Vaccination in the Punjab 1919-1929 - 1919-1929
Year: 1919
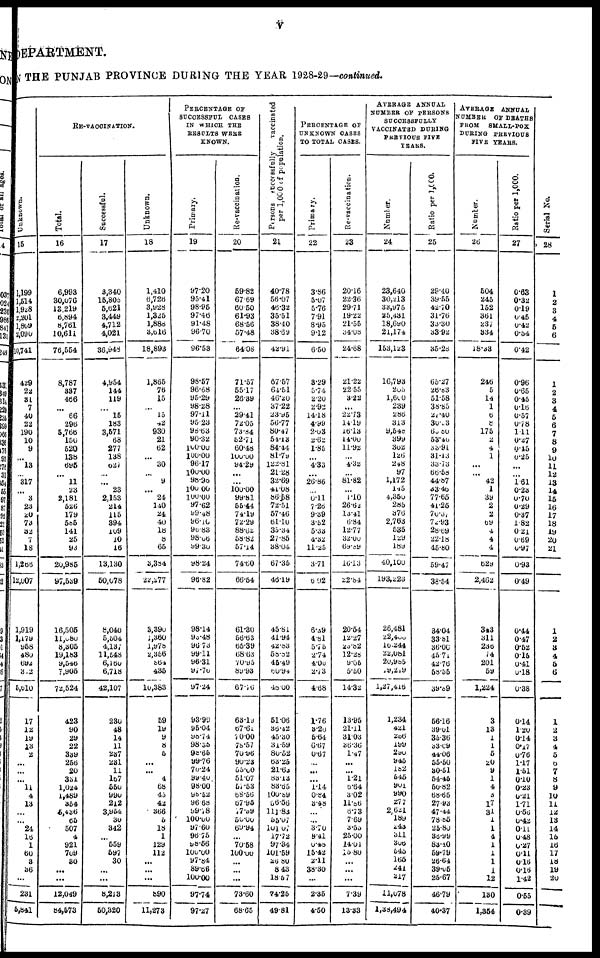
v
DEPARTMENT.
N THE PUNJAB PROVINCE DURING THE YEAR 1928-29— continued.
Unknown.
15
1,199
1,514
1,928
2,201
l,809
2,090
10,741
429
22
31
7
40
22
190
10
9
...
13
...
317
...
3
23
20
73
32
7
18
1,266
12,007
1,919
1,179
958
480
692
382
5,610
17
12
19
13
2
...
...
...
11
4
13
...
...
24
16
1
60
3
36
...
231
5,841
RE-VACCINATION.
Total.
16
6,993
30,076
13,219
6,894
8,761
10,611
76,554
8,787
337
466
...
66
296
5,766
150
520
138
695
...
11
23
2,181
526
179
585
141
25
93
20,985
97,539
16,505
11,080
8,305
19,183
9,546
7,905
72,524
423
90
29
22
339
256
20
351
1,024
1,489
354
5,436
65
507
4
921
709
30
...
...
12,049
84,573
Successful.
17
3,340
15,805
5,621
3,449
4,712
4,021
36,948
4,954
144
119
...
15
183
3,571
68
277
138
627
...
...
23
2,153
214
115
394
109
10
16
13,130
50,078
8,040
5,504
4,137
11,548
6,160
6,718
42,107
230
48
14
11
237
231
11
167
550
990
212
3,954
30
342
...
559
597
30
...
...
8,213
50,320
Unknown.
18
1,410
6,726
3,928
1,325
1,888
3,616
18,893
1,865
76
15
...
15
42
930
21
62
...
30
...
9
...
24
140
24
40
18
8
65
3,384
22,277
3,390
1,360
1,978
2,356
864
435
10,383
59
19
9 8
5
...
...
4
68
45
42
366
5
18
1
129
112
...
...
...
890
11,273
PERCENTAGE OF
SUCCESSFUL CASES
IN WHICH THE
RESULTS WERE
KNOWN.
Primary.
19
97.20
95.41
98.95
97.46
91.48
96.70
96.53
98.57
96.68
95.29
98.28
97.11
95.23
98.63
90.32
100.00
100.00
96.17
100.00
98.96
100.00
100.00
97.62
99.48
96.10
96.83
98.06
99.30
98.24
96.82
98.14
95.48
96.73
99.11
96.31
97.76
97.24
93.99
95.04
98.74
98.35
98.66
99.76
70.24
99.40
98.00
98.52
96.68
99.78
100.00
97.60
96.75
98.56
100.00
97.84
89.66
100.00
97.74
97.27
Re-vaccination.
20
59.82
67.69
60.50
61.93
68.56
57.48
64.08
71.57
55.17
26.39
...
29.41
72.05
73.84
52.71
60.48
100.00
94.29
...
...
100.00
99.81
55.44
74.19
72.29
88.62
58.82
57.14
74.60
66.54
61.30
56.63
65.39
68.63
70.95
89.93
67.76
63.19
67.61
70.00
78.57
70.96
90.23
55.00
51.07
57.53
68.56
67.95
77.99
50.00
69.94
...
70.58
100.00
...
...
...
73.60
68.65
Persons successfully
vaccinated
per 1,000 of population.
21
40.78
56.07
46.32
35.51
38.40
38.69
42.91
87.57
64.51
46.20
37.22
23.95
56.77
80.47
54.13
84.44
81.79
122.81
21.28
32.69
41.08
86.58
72.51
57.46
61.10
35.34
27.85
38.04
67.35
46.19
45.81
41.94
42.83
58.82
45.49
60.94
48.00
51.06
36.42
45.30
31.59
80.52
63.25
21.63
83.13
83.65
100.89
56.56
111.83
55.07
101.07
17.72
97.34
101.59
26.80
8.43
18.57
74.25
49.81
PERCENTAGE OF
UNKNOWN CASES
TO TOTAL CASES.
Primary.
22
3.86
5.07
5.76
7.91
8.95
9.12
6.50
3.29
5.74
2.20
2.92
14.18
4.99
2.03
2.62
1.85
...
4.33
...
26.86
...
0.11
7.26
9.39
3.52
5.33
4.32
11.25
3.71
6.02
6.39
4.81
5.75
2.74
4.00
2.73
4.68
1.76
3.20
5.64
6.67
0.67
...
...
...
1.14
0.84
3.48
...
...
3.70
9.41
0.48
15.42
2.11
38.30
...
2.35
4.50
Re-vaccination.
23
20.16
22.36
29.71
19.22
21.55
34.08
24.68
21.22
22.55
3.22
...
22.73
14.19
15.13
14.00
11.92
...
4.32
81.82
...
1.10
26.62
13.41
6.84
12.77
32.00
69.89
16.13
22.84
20.54
12.27
23.82
12.28
9.05
5.50
14.32
13.95
21.11
31.03
36.36
1.47
...
...
1.21
6.64
3.02
11.86
6.73
7.69
3.55
25.00
14.01
15.80
...
...
...
7.39
13.33
AVERAGE ANNUAL
NUMBER OF PERSONS
SUCCESSFULLY
VACCINATED DURING
PREVIOUS FIVE
YEARS.
Number.
24
23,640
30,213
33,975
25,431
18,690
21,174
153,123
16,793
205
1,600
239
286
313
9,548
399
302
126
248
97
1,172
145
4,350
285
376
2,763
535
129
189
40,100
193,223
26,481
22,400
10,244
22,081
20,985
29,219
1,27,416
1,234
421
256
199
290
945
182
545
901
990 277
2,621
189
243
311
306
545
165
241
217
11,078
1,38,494
Ratio per 1,000.
25
29.40
39.55
42.70
31.76
33.30
33.92
35.28
65.27
26.83
51.58
38.85
27.40
30.33
60.80
53.40
33.91
31.13
33.73
66.58
44.87
33.46
77.65
41.26
70.37
72.93
28.69
22.18
45.80
59.47
38.54
34.04
33.81
36.00
45.71
42.76
58.55
39.89
56.16
39.01
35.36
33.09
44.06
55.50
30.51
54.45
50.82
68.65
27.93
47.44
78.85
25.80
36.99
83.40
59.79
26.64
39.05
25.67
46.79
40.37
AVERAGE ANNUAL
NUMBER
OF DEATHS
FROM
SMALL-POX
DURING PREVIOUS
FIVE YEARS.
Number.
26
504
245
152
361
237
334
18.33
246
5
14
1
6
8
175
2
4
1
...
42
1
39
2
2
69
4
4
4
629
2,462
343
311
236
74
201
59
1,224
3
13
1
1
5
20
9
1
4
3
17
31
1
1
4
1
1
1
1
12
130
1,354
Ratio per 1,000.
27
0.63
0.32
0.19
0.45
0.42
0.54
0.42
0.96
0.65
0.45
0.16
0.57
0.78
1.11
0.27
0.45
0.25
...
1.61
0.23
0.70
0.29
0.37
1.82
0.21
0.69
0.97
0.93
0.49
0.44
0.47
0.52
0.15
0.41
0.18
0.38
0.14
1.20
0.14
0.17
0.76
1.17
1.51
0.10
0.23
0.21
1.71
0.56
0.42
0.11
0.48
0.27
0.11
0.16
0.16
1.42
0.55
0.39
Serial No.
28
1
2
3
4
5
6
1
2
3
4
5
6
7
8
9
10
11
12
13
14
15
16
17
18
19
20
21
1
2
3
4
5
6
1
2
3
4
5
6
7
8
9
10
11
12
13
14
15
16
17
18
19
20